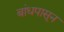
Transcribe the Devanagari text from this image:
बांधपासून